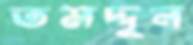
তমদ্দুন